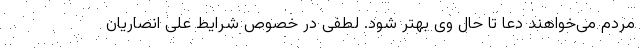
مردم می‌خواهند دعا تا حال وی بهتر شود. لطفی در خصوص شرایط علی انصاریان